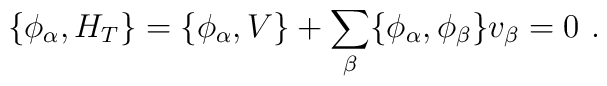
\{\phi_\alpha,H_T\} = \{\phi_\alpha,V\} + \sum_\beta \{\phi_\alpha,\phi_\beta\}v_\beta = 0 \ .